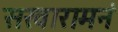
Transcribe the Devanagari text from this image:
सखारामनं